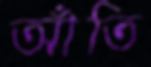
আঁতি